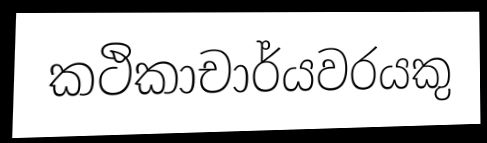
කථිකාචාර්යවරයකු